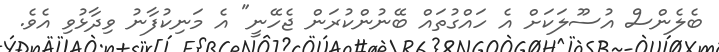
ބެލެންސް އުސޫލަކަށް އެ ހައްގުތައް ބޭނުންކުރަން ޖެހޭނީ" އެ މަނިކުފާނު ވިދާޅުވި އެވެ.